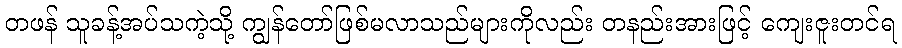
တဖန် သူခန့်အပ်သကဲ့သို့ ကျွန်တော်ဖြစ်မလာသည်များကိုလည်း တနည်းအားဖြင့် ကျေးဇူးတင်ရ